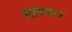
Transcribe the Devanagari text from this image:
आइबनहाफ